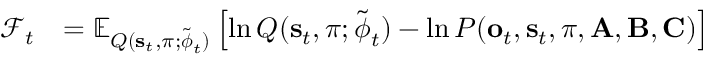
\begin{array} { r l } { \mathcal { F } _ { t } } & { = \mathbb { E } _ { Q ( \mathbf { s } _ { t } , \pi ; \tilde { \boldsymbol { \phi } } _ { t } ) } \left[ \ln Q ( \mathbf { s } _ { t } , \pi ; \tilde { \boldsymbol { \phi } } _ { t } ) - \ln P ( \mathbf { o } _ { t } , \mathbf { s } _ { t } , \pi , \mathbf { A } , \mathbf { B } , \mathbf { C } ) \right] } \end{array}